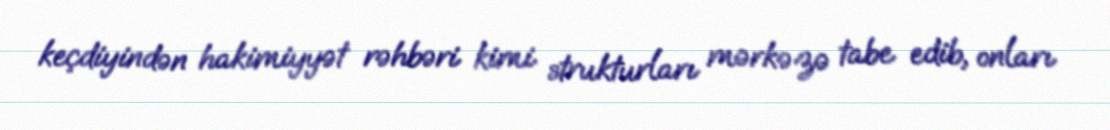
keçdiyindən hakimiyyət rəhbəri kimi strukturları mərkəzə tabe edib, onları